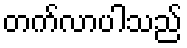
တက်လာပါသည်